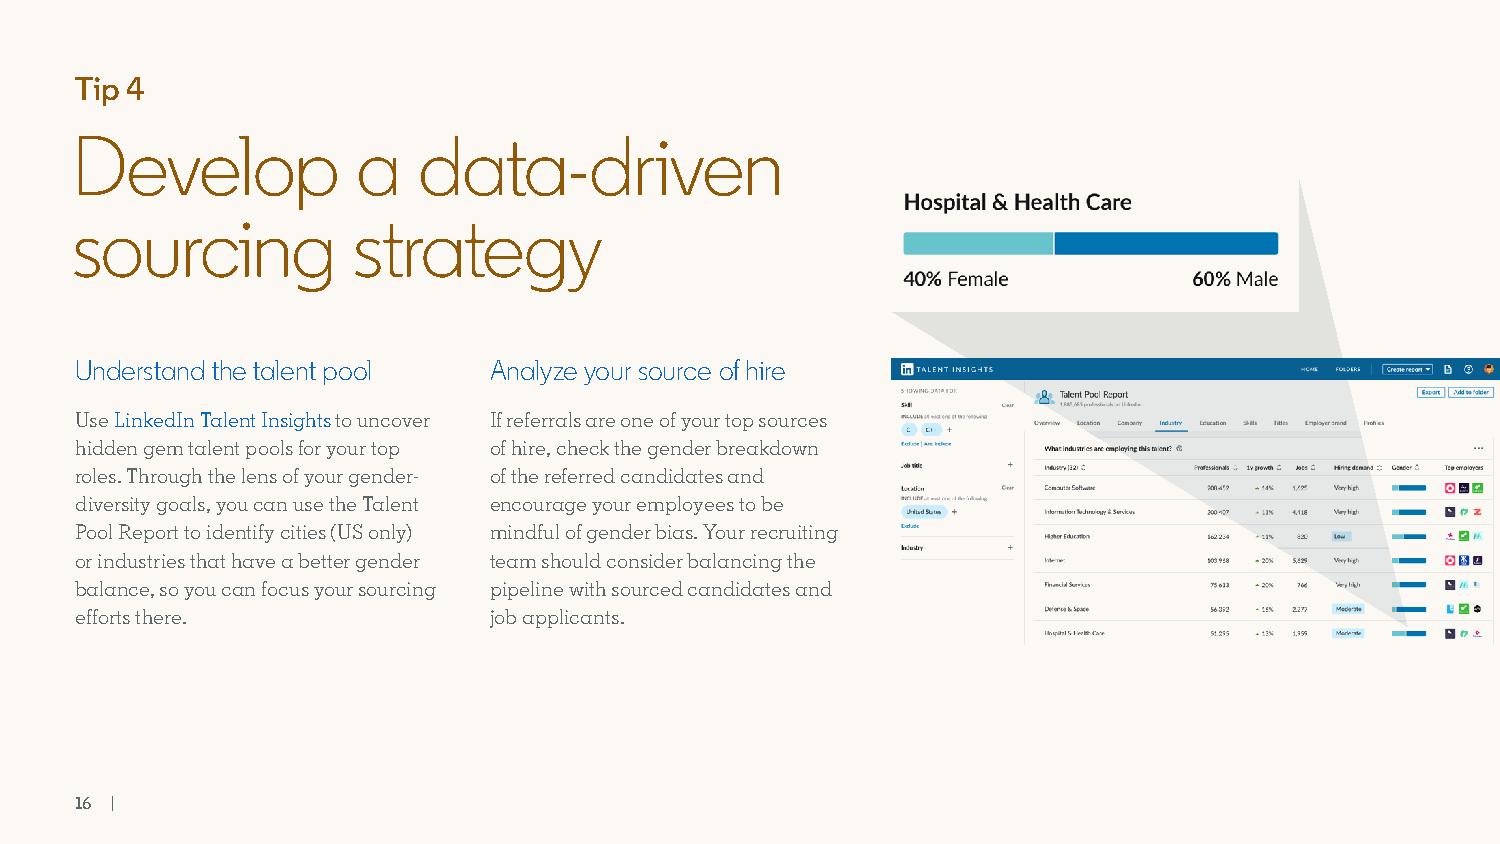
Tip 4
 Develop            a   data-driven
 sourcing          strategy
 Understand the talent pool Analyze your source of hire
 Use LinkedIn Talent Insights to uncover If referrals are one of your top sources
 hidden gem talent pools for your top of hire, check the gender breakdown
 roles. Through the lens of your gender- of the referred candidates and
 diversity goals, you can use the Talent encourage your employees to be
 Pool Report to identify cities (US only) mindful of gender bias. Your recruiting
 or industries that have a better gender team should consider balancing the
 balance, so you can focus your sourcing pipeline with sourced candidates and
 efforts there.             job applicants.
 16 |